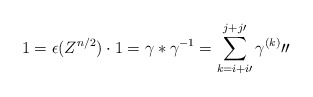
\begin{align*}1=\epsilon(Z^{n/2})\cdot 1=\gamma \ast\gamma^{-1}=\sum_{k=i+i\prime}^{j+j\prime}\gamma^{(k)}\prime\prime \end{align*}